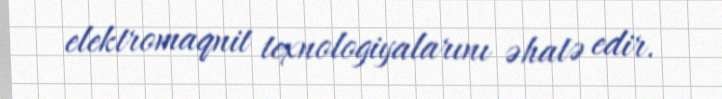
elektromaqnit texnologiyalarını əhatə edir.